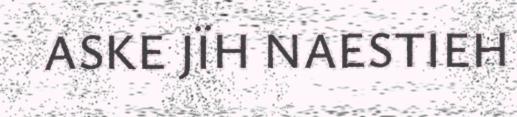
ASKE JÏH NAESTIEH